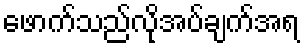
ဖောက်သည်လိုအပ်ချက်အရ